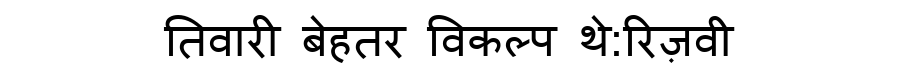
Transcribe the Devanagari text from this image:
तिवारी बेहतर विकल्प थे:रिज़वी